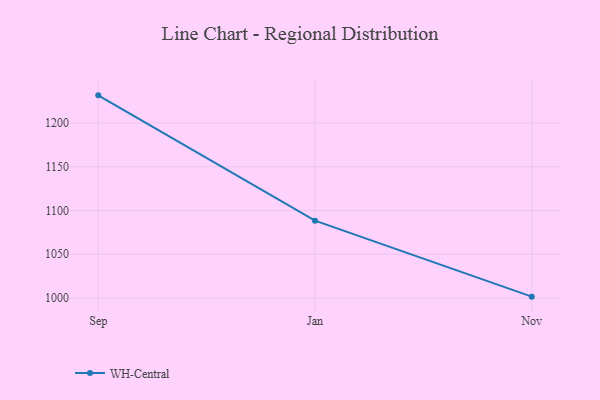
{"axis": {"x": "Month", "y": "Bounce Rate (%)"}, "legend": ["WH-Central"], "data": [{"x": "Sep", "y": 1231.6, "type": "WH-Central"}, {"x": "Jan", "y": 1088.4, "type": "WH-Central"}, {"x": "Nov", "y": 1001.6, "type": "WH-Central"}]}